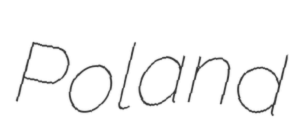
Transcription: Poland